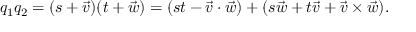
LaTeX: q _ { 1 } q _ { 2 } = ( s + { \vec { v } } ) ( t + { \vec { w } } ) = ( s t - { \vec { v } } \cdot { \vec { w } } ) + ( s { \vec { w } } + t { \vec { v } } + { \vec { v } } \times { \vec { w } } ) .